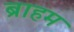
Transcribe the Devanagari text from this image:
ब्राहम